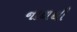
નાળથી